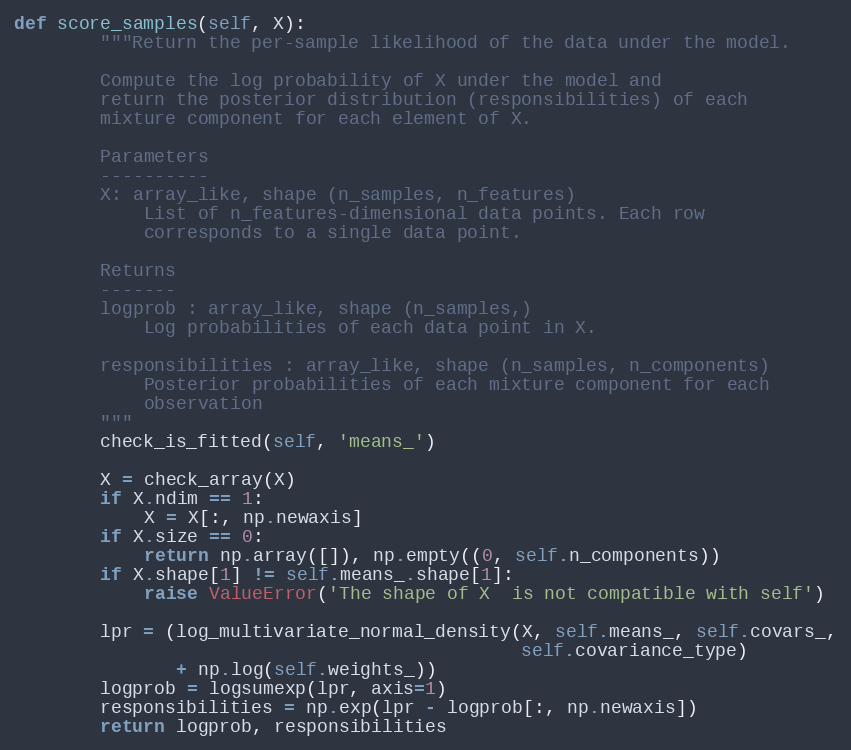
Language: Python
def score_samples(self, X):
        """Return the per-sample likelihood of the data under the model.

        Compute the log probability of X under the model and
        return the posterior distribution (responsibilities) of each
        mixture component for each element of X.

        Parameters
        ----------
        X: array_like, shape (n_samples, n_features)
            List of n_features-dimensional data points. Each row
            corresponds to a single data point.

        Returns
        -------
        logprob : array_like, shape (n_samples,)
            Log probabilities of each data point in X.

        responsibilities : array_like, shape (n_samples, n_components)
            Posterior probabilities of each mixture component for each
            observation
        """
        check_is_fitted(self, 'means_')

        X = check_array(X)
        if X.ndim == 1:
            X = X[:, np.newaxis]
        if X.size == 0:
            return np.array([]), np.empty((0, self.n_components))
        if X.shape[1] != self.means_.shape[1]:
            raise ValueError('The shape of X  is not compatible with self')

        lpr = (log_multivariate_normal_density(X, self.means_, self.covars_,
                                               self.covariance_type)
               + np.log(self.weights_))
        logprob = logsumexp(lpr, axis=1)
        responsibilities = np.exp(lpr - logprob[:, np.newaxis])
        return logprob, responsibilities